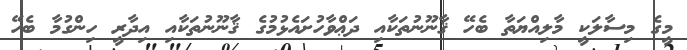
މީގެ މިސާލަކީ މާލިއްޔަތާ ބެހޭ ޤާނޫނުތަކާއި ދަޢްވާހުށައެޅުމުގެ ޤާނޫނުތަކާއި އިދާރީ ހިންގުމާ ބެހޭ